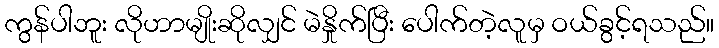
ကွန်ပါဘူး လိုဟာမျိုးဆိုလျှင် မဲနှိုက်ပြီး ပေါက်တဲ့လူမှ ဝယ်ခွင့်ရသည်။